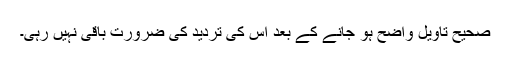
صحیح تاویل واضح ہو جانے کے بعد اس کی تردید کی ضرورت باقی نہیں رہی۔